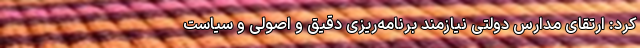
کرد: ارتقای مدارس دولتی نیازمند برنامه‌ریزی دقیق و اصولی و سیاست‌